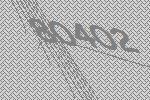
80402